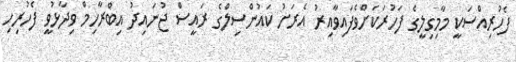
ފެހުރިއްސަކީ މާމިގިލީގެ ފަހުރަކަށްވެފައިވާއިރު އެރަށު ކައުންސިލްގެ ރައީސް ޖުނައިދު އިބްރާހިމް ވިދާޅުވީ ފެހުރިހި